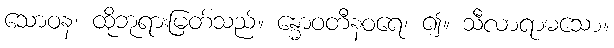
သောဝန၊ ထိုဘုရားမြတ်သည်။ န္ဓောဝတီနဝရေ၊ ၍။ သီလာရာဓသော။